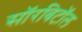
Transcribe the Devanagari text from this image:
सॉरबिटॉल